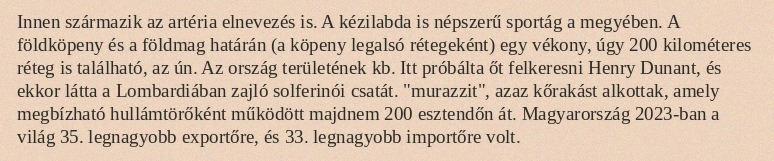
Innen származik az artéria elnevezés is. A kézilabda is népszerű sportág a megyében. A földköpeny és a földmag határán (a köpeny legalsó rétegeként) egy vékony, úgy 200 kilométeres réteg is található, az ún. Az ország területének kb. Itt próbálta őt felkeresni Henry Dunant, és ekkor látta a Lombardiában zajló solferinói csatát. "murazzit", azaz kőrakást alkottak, amely megbízható hullámtörőként működött majdnem 200 esztendőn át. Magyarország 2023-ban a világ 35. legnagyobb exportőre, és 33. legnagyobb importőre volt.